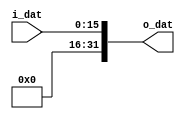
`timescale 1ns / 1ps

/* extend a 16-bit input to 32-bit */

module sign_ext(
    input       [15:0]      i_dat,
    output      [31:0]      o_dat
    );

    assign o_dat = {16'b0000000000000000, i_dat};
endmodule